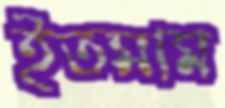
ইতমাম